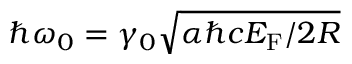
\hbar \omega _ { 0 } = \gamma _ { 0 } \sqrt { \alpha \hbar c E _ { \mathrm { F } } / 2 R }